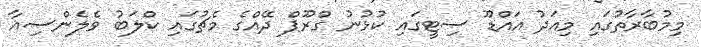
މިމުބާރާތުގައި މިއަދު އައްޑޫ ސިޓީގައި ކުޅުނު ގްރޫޕް ދޭއްގެ މެޗުގައި ކްލަބު ވެލެންސިއާ